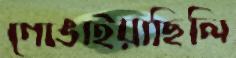
গোঙাইয়াছিলি